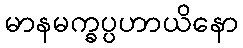
မာနမက္ခပ္ပဟာယိနော